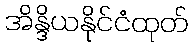
အိန္ဒိယနိုင်ငံထုတ်